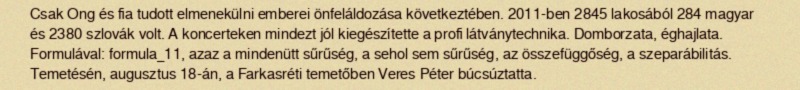
Csak Ong és fia tudott elmenekülni emberei önfeláldozása következtében. 2011-ben 2845 lakosából 284 magyar és 2380 szlovák volt. A koncerteken mindezt jól kiegészítette a profi látványtechnika. Domborzata, éghajlata. Formulával: formula_11, azaz a mindenütt sűrűség, a sehol sem sűrűség, az összefüggőség, a szeparábilitás. Temetésén, augusztus 18-án, a Farkasréti temetőben Veres Péter búcsúztatta.